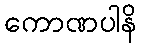
ကောဏပါနိ